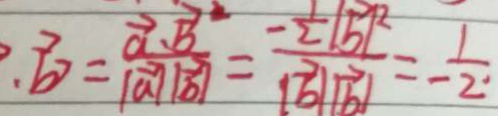
\cdot \overrightarrow { b } > = \frac { \overrightarrow { a } \cdot \overrightarrow { b } ^ { 2 } } { \vert \overrightarrow { a } / / \overrightarrow { b } \vert } = \frac { - \frac { 1 } { 2 } \vert \overrightarrow { b } \vert ^ { 2 } } { \vert \overrightarrow { a } / / \overrightarrow { b } \vert } = - \frac { 1 } { 2 . }